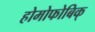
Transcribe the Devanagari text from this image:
होमोफोबिक्